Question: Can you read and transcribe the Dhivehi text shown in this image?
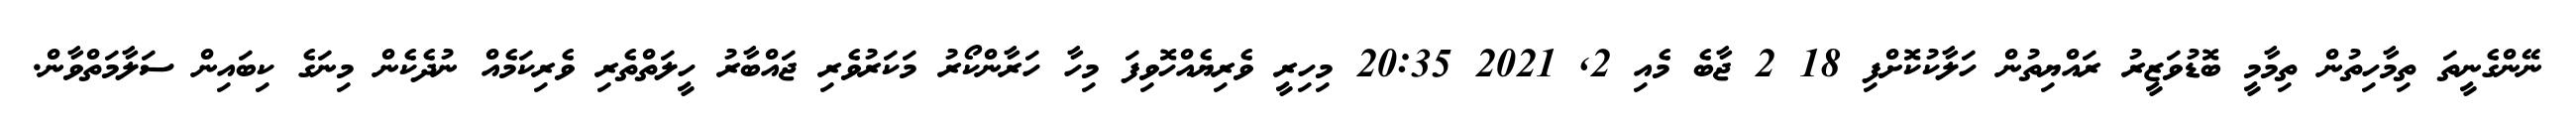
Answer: ނޭންގެނީތަ ތިމާހިތުން ތިމާމީ ބޮޑުވަޒީރު ރައްޔިތުން ހަލާކުކޮށްފި 18 2 ޖާބެ މެއި 2, 2021 20:35 މިހިރީ ވެރިޔެއްހޮވިފަ މިހާ ހަރާންކޯރު މަކަރުވެރި ޖައްބާރު ހީލަތްތެރި ވެރިކަމެއް ނުދެކެން މިނަގެ ކިބައިން ސަލާމަތްވާން.